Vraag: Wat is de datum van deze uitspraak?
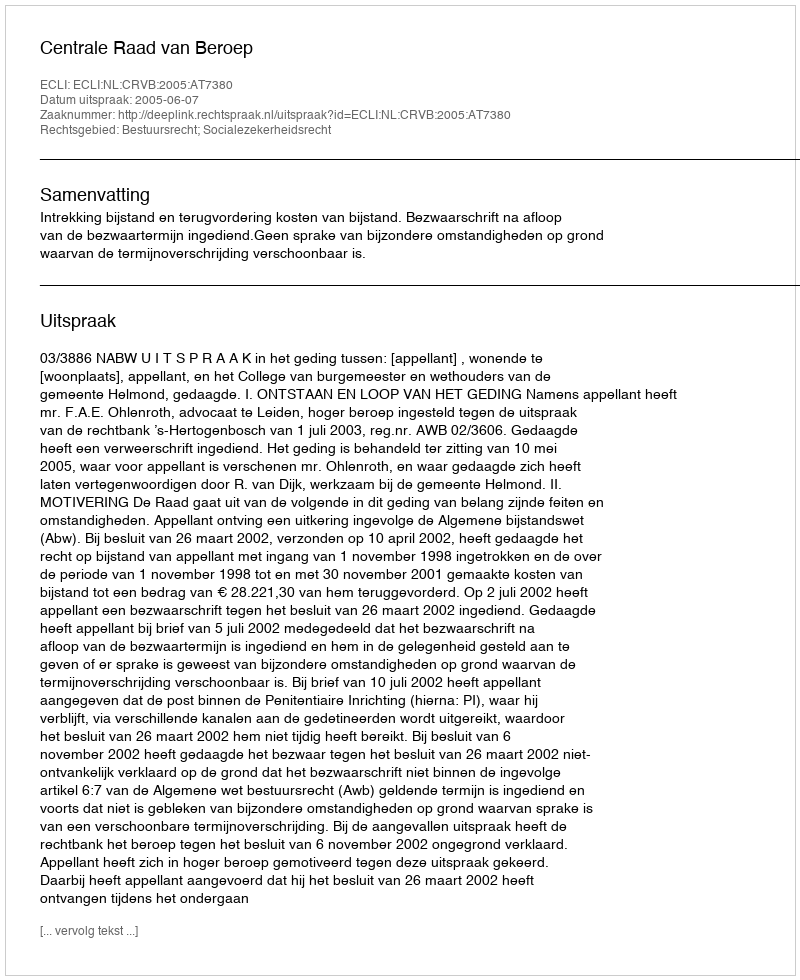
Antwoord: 2005-06-07